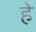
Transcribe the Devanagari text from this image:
र्हे